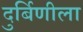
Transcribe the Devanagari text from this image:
दुर्बिणीला